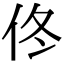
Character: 佟